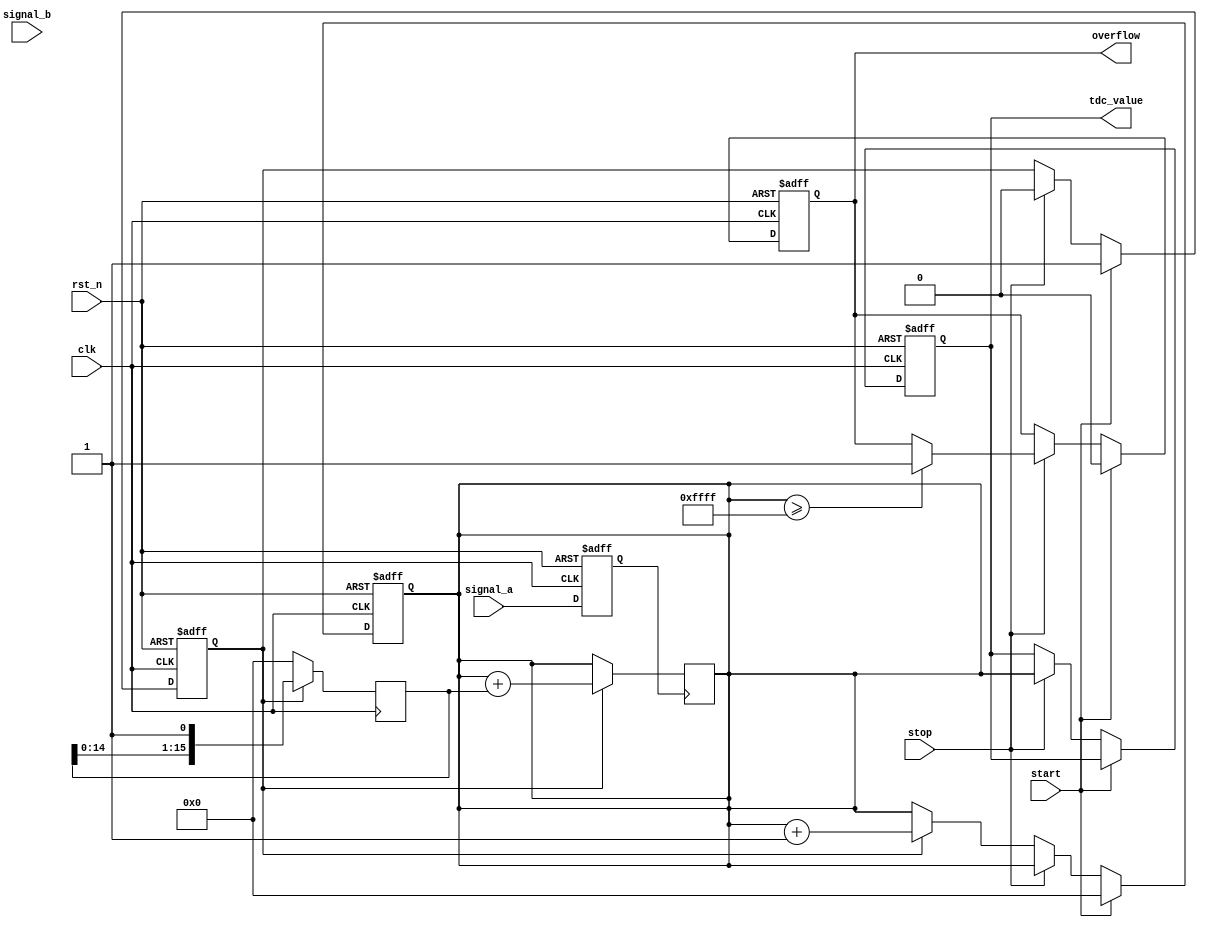
module TDC (
    input wire clk,               // System clock
    input wire rst_n,             // Active low reset
    input wire start,             // Start signal for measurement
    input wire stop,              // Stop signal for measurement
    input wire signal_a,          // First input signal
    input wire signal_b,          // Second input signal
    output reg [15:0] tdc_value,  // Output time interval in digital format
    output reg overflow           // Overflow flag
);

    // Parameters
    parameter DELAY_STAGES = 16;  // Number of stages in the delay line
    parameter MAX_COUNT = 65535;   // Max count for 16-bit counter

    // Internal signals
    reg [DELAY_STAGES-1:0] delay_line;  // Delay line
    reg [15:0] counter;                  // Digital counter
    reg measuring;                       // Measuring state
    reg signal_a_reg, signal_b_reg;     // Registered signals

    // Input signal conditioning using Schmitt trigger (simplified)
    always @(posedge clk or negedge rst_n) begin
        if (!rst_n) begin
            signal_a_reg <= 0;
            signal_b_reg <= 0;
        end else begin
            signal_a_reg <= signal_a;
            signal_b_reg <= signal_b;
        end
    end
    
    // Delay line implementation
    always @(posedge clk) begin
        if (measuring) begin
            delay_line <= {delay_line[DELAY_STAGES-2:0], 1'b1}; // Shift in 1
        end else begin
            delay_line <= 0; // Reset delay line when not measuring
        end
    end

    // Counter logic
    always @(posedge clk or negedge rst_n) begin
        if (!rst_n) begin
            counter <= 0;
            overflow <= 0;
            measuring <= 0;
            tdc_value <= 0;
        end else begin
            if (start) begin
                measuring <= 1;
                counter <= 0; // Reset counter on start
                overflow <= 0;
            end else if (stop) begin
                measuring <= 0;
                tdc_value <= counter; // Capture the counter value
                if (counter >= MAX_COUNT) begin
                    overflow <= 1; // Set overflow if max count reached
                end
            end else if (measuring) begin
                counter <= counter + 1; // Increment counter during measurement
            end
        end
    end

    // Tapping Mechanism for Delay Line
    always @(posedge signal_a_reg) begin
        // Implement logic to sample the delay line and update counter
        if (measuring) begin
            counter <= counter + delay_line; // Use the delay line value
        end
    end

endmodule